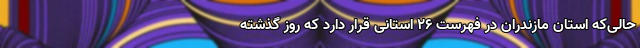
حالی‌که استان مازندران در فهرست ۲۶ استانی قرار دارد که روز گذشته